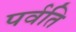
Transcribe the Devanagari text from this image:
पर्वति